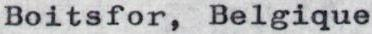
Boitsfor,  Belgique